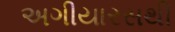
અગીયારસથી